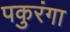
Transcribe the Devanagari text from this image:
पकुरंगा